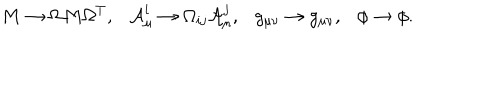
M \to \Omega M \Omega ^ { T } , \ \ \ { \cal A } _ { \mu } ^ { i } \to \Omega _ { i j } { \cal A } _ { \mu } ^ { j } , \ \ \ g _ { \mu \nu } \to g _ { \mu \nu } , \ \ \ \phi \to \phi .